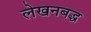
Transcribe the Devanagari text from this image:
लेखनबद्ध